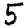
Digit: 5